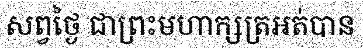
សព្វថ្ងៃ ជាព្រះមហាក្សត្រអត់បាន